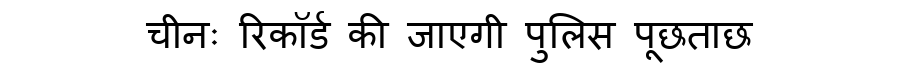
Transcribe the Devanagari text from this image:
चीनः रिकॉर्ड की जाएगी पुलिस पूछताछ